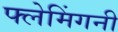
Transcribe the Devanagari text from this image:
फ्लेमिंगनी